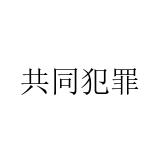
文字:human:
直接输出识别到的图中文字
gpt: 共同犯罪